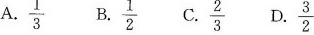
A.$$\frac{1}{3}$$ B.$$\frac{1}{2}$$ C.$$\frac{2}{3}$$ D,$$\frac{3}{2}$$